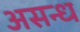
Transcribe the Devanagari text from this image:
असन्ध